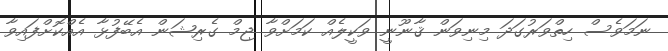
ނަމަވެސް ހިތްވަރުގަދަ މިނިވަން ޤާނޫނީ ވަކީލެއް ކަމަށްވާ ޖިމް ގެރިޝަން އެބޭފުޅާ އެއްކޮށްފައިވާ